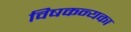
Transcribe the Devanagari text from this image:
विषकन्यका